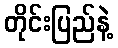
တိုင်းပြည်နဲ့